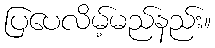
ပြပေလိမ့်မည်နည်း။